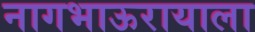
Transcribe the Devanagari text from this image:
नागभाऊरायाला